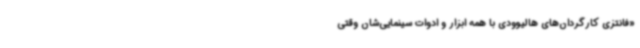
«فانتزی کارگردان‌های هالیوودی با همه ابزار و ادوات سینمایی‌شان وقتی